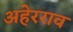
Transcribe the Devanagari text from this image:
अहेरराव